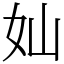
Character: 奾